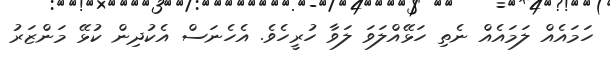
ހަމައެއް ލަމައެއް ނެތި ހަޅޭއްލަވަ ލަވާ ހުރީހެވެ. އެހެނަސް އެކުދިން ކުޅޭ މަންޒަރު